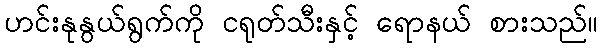
ဟင်းနုနွယ်ရွက်ကို ငရုတ်သီးနှင့် ရောနယ် စားသည်။